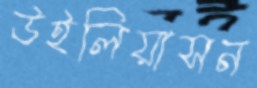
উইলিয়াসন